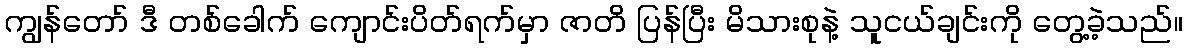
ကျွန်တော် ဒီ တစ်ခေါက် ကျောင်းပိတ်ရက်မှာ ဇာတိ ပြန်ပြီး မိသားစုနဲ့ သူငယ်ချင်းကို တွေ့ခဲ့သည်။